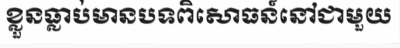
ខ្លួនធ្លាប់មានបទពិសោធន៍នៅជាមួយ